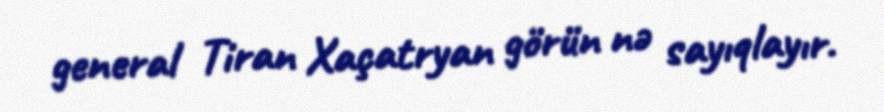
general Tiran Xaçatryan görün nə sayıqlayır.